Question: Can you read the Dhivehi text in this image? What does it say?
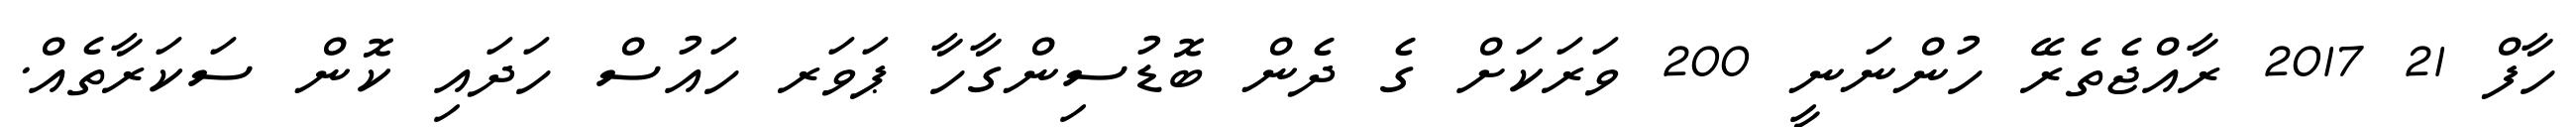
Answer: ހާފް 21 2017 ރާއްޖެތެރޭ ހުންނަނީ 200 ވަރަކަށް ގެ ދެން ބޮޑުސިންގާހާ ޕަވަރ ހައުސް ހަދައި ކޮން ސަކަރާތެއް.